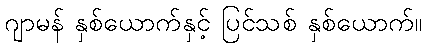
ဂျာမန် နှစ်ယောက်နှင့် ပြင်သစ် နှစ်ယောက်။